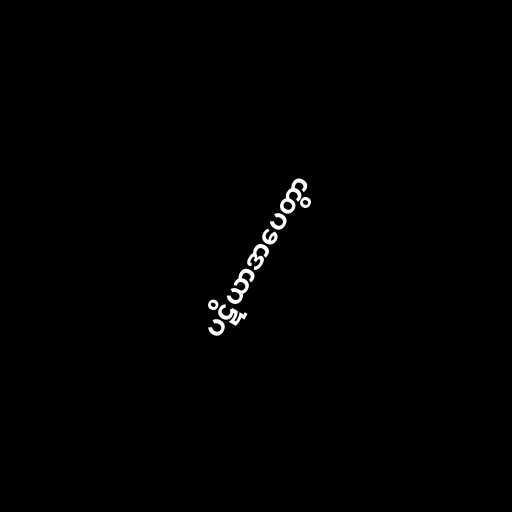
ပဋိယာဒာပေတွာ